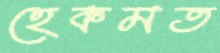
হেকমত